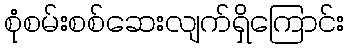
စုံစမ်းစစ်ဆေးလျက်ရှိကြောင်း